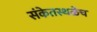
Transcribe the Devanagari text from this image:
संकेतस्थळेच